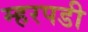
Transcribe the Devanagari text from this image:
म्हरपडी